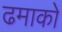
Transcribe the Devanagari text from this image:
ढमाकों